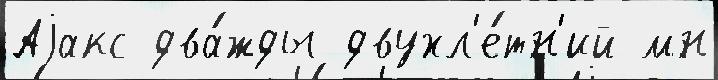
Аjакс два́жды двухл'е́тн'ий мн